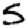
Digit: 5